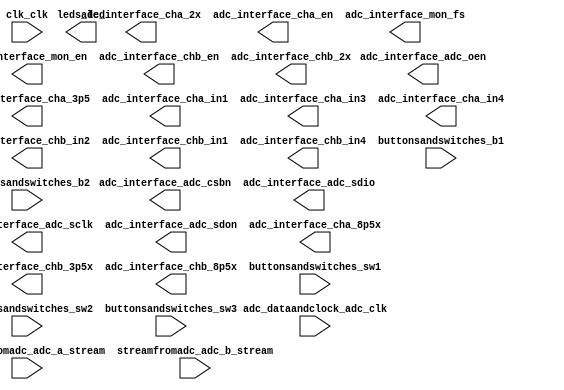

module ADCinterface_qsys (
	adc_dataandclock_adc_clk,
	adc_interface_adc_csbn,
	adc_interface_adc_sdio,
	adc_interface_adc_sclk,
	adc_interface_adc_oen,
	adc_interface_adc_sdon,
	adc_interface_cha_3p5,
	adc_interface_cha_2x,
	adc_interface_cha_8p5x,
	adc_interface_cha_in1,
	adc_interface_cha_in3,
	adc_interface_cha_en,
	adc_interface_cha_in4,
	adc_interface_mon_fs,
	adc_interface_mon_en,
	adc_interface_chb_en,
	adc_interface_chb_in2,
	adc_interface_chb_in1,
	adc_interface_chb_in4,
	adc_interface_chb_3p5x,
	adc_interface_chb_2x,
	adc_interface_chb_8p5x,
	buttonsandswitches_b1,
	buttonsandswitches_b2,
	buttonsandswitches_sw1,
	buttonsandswitches_sw2,
	buttonsandswitches_sw3,
	clk_clk,
	leds_led,
	streamfromadc_adc_a_stream,
	streamfromadc_adc_b_stream);	

	input		adc_dataandclock_adc_clk;
	output		adc_interface_adc_csbn;
	output		adc_interface_adc_sdio;
	output		adc_interface_adc_sclk;
	output		adc_interface_adc_oen;
	output		adc_interface_adc_sdon;
	output		adc_interface_cha_3p5;
	output		adc_interface_cha_2x;
	output		adc_interface_cha_8p5x;
	output		adc_interface_cha_in1;
	output		adc_interface_cha_in3;
	output		adc_interface_cha_en;
	output		adc_interface_cha_in4;
	output		adc_interface_mon_fs;
	output		adc_interface_mon_en;
	output		adc_interface_chb_en;
	output		adc_interface_chb_in2;
	output		adc_interface_chb_in1;
	output		adc_interface_chb_in4;
	output		adc_interface_chb_3p5x;
	output		adc_interface_chb_2x;
	output		adc_interface_chb_8p5x;
	input		buttonsandswitches_b1;
	input		buttonsandswitches_b2;
	input		buttonsandswitches_sw1;
	input		buttonsandswitches_sw2;
	input		buttonsandswitches_sw3;
	input		clk_clk;
	output	[7:0]	leds_led;
	input	[7:0]	streamfromadc_adc_a_stream;
	input	[7:0]	streamfromadc_adc_b_stream;
endmodule